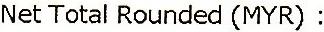
NET TOTAL ROUNDED (MYR) :